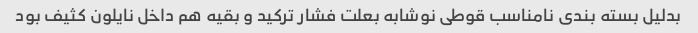
بدلیل بسته بندی نامناسب قوطی نوشابه بعلت فشار ترکید و بقیه هم داخل نایلون کثیف بود